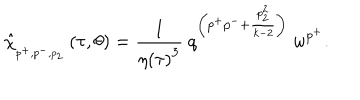
LaTeX: \hat { \chi } _ { _ { p ^ { + } , p ^ { - } , p _ { 2 } } } \left( \tau , \theta \right) = \frac { 1 } { \eta \left( \tau \right) ^ { 3 } } \ q ^ { \left( p ^ { + } p ^ { - } + \frac { p _ { 2 } ^ { 2 } } { k - 2 } \right) } \ w ^ { p ^ { + } } .